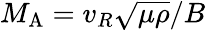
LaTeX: M_{\mathrm{A}}=v_{R}\sqrt{\mu\rho}/B